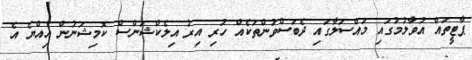
ޕާޓީތައް އުވާލުމުގައި މައްސަލާގައި ދެބަސްވުންތަކެއް ހުރި އިރު އިލެކްޝަންސް ކޮމިޝަނުން އިއްޔެ އެ